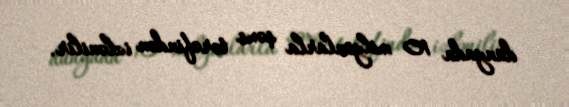
dünyada 10 milyonlarla şəxs tərəfindən izlənilir.